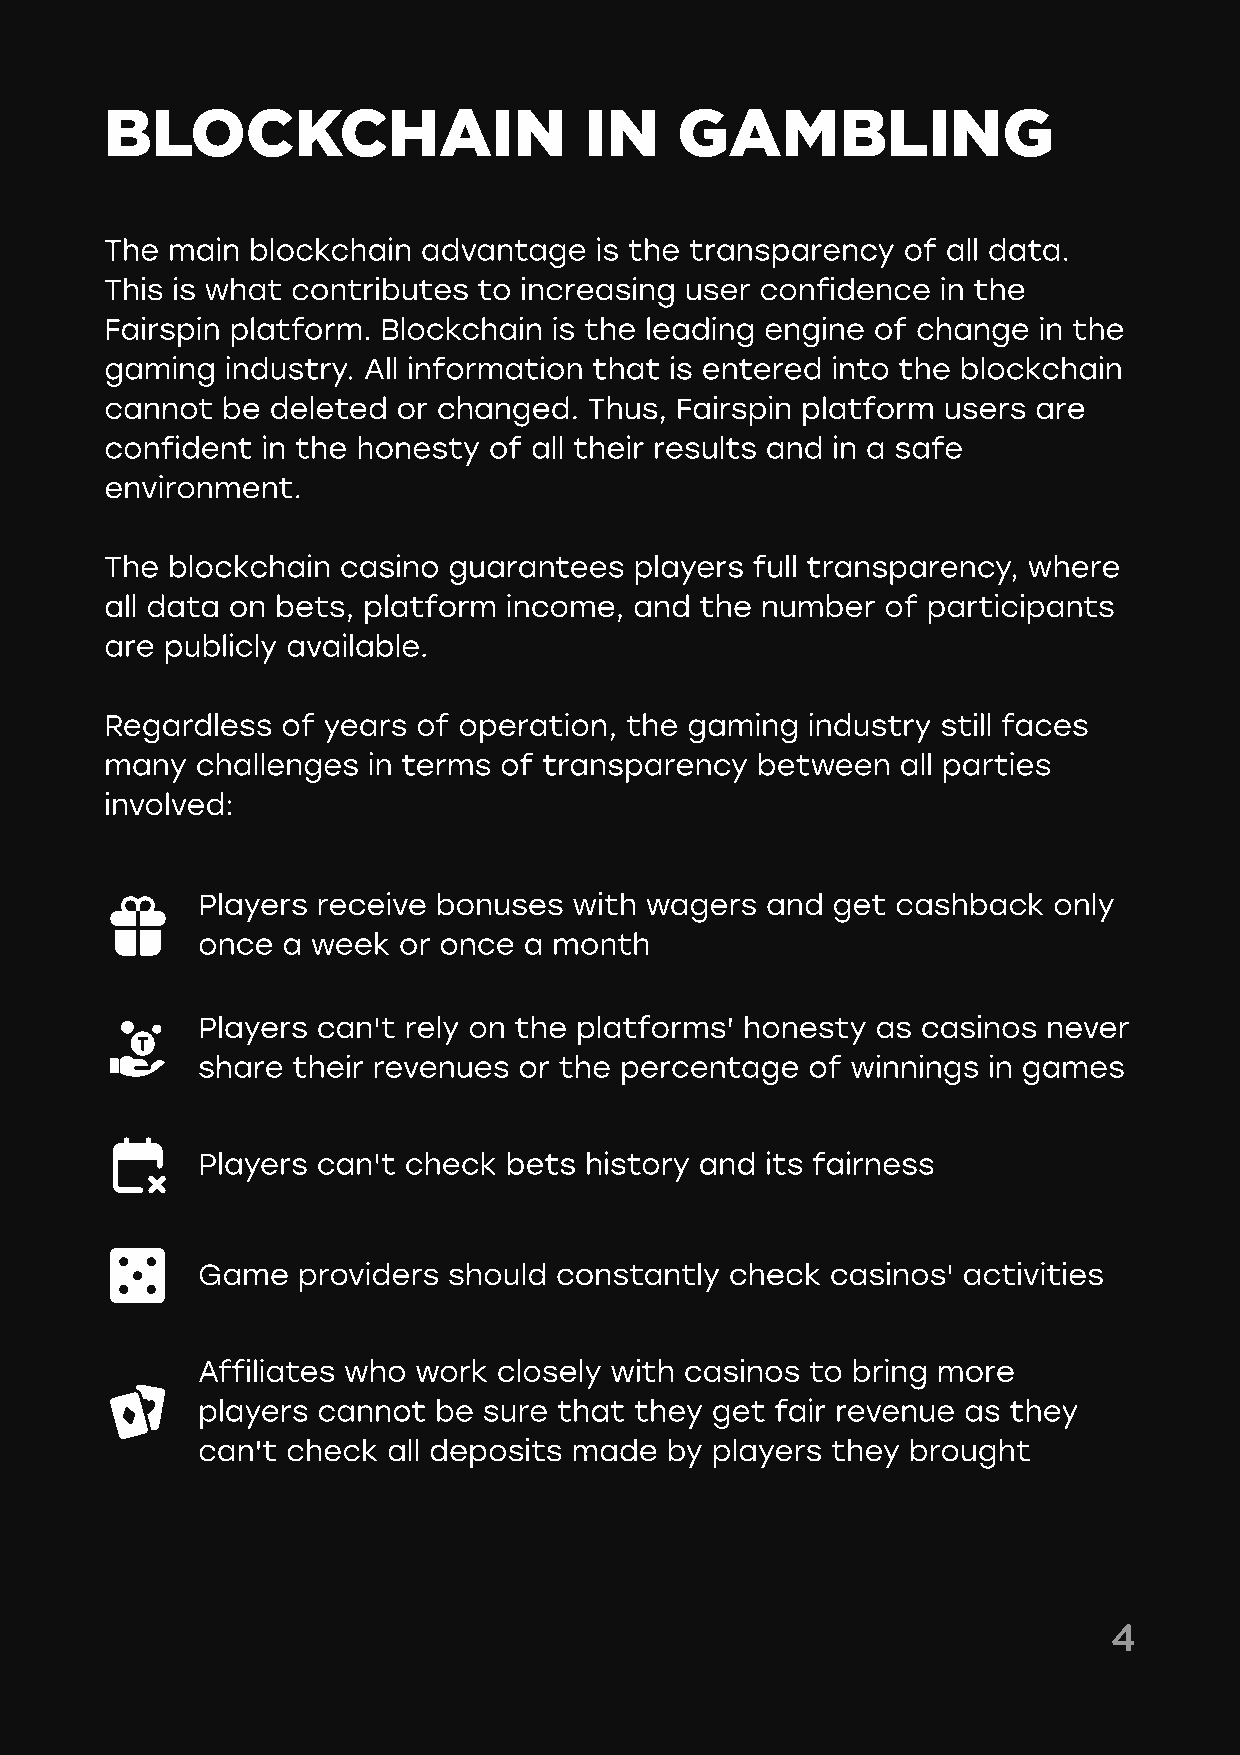
Blockchain                      in    Gambling
 The main blockchain  advantage  is the transparency  of all data.
 This is what contributes to increasing user confidence in the
 Fairspin platform. Blockchain is the leading engine of change in the
 gaming  industry. All information that is entered into the blockchain
 cannot  be deleted or changed.  Thus, Fairspin platform users are
 confident in the honesty of all their results and in a safe
 environment.
 The blockchain casino  guarantees  players full transparency, where
 all data on bets, platform income, and the number   of participants
 are publicly available.
 Regardless  of years of operation, the gaming industry still faces
 many  challenges in terms of transparency  between   all parties
 involved:
 Players receive bonuses  with wagers  and get cashback   only
 once  a week or once  a month
 Players can't rely on the platforms' honesty as casinos never
 share their revenues or the percentage  of winnings in games
 Players can't check bets  history and its fairness
 Game   providers should constantly check  casinos' activities
 Affiliates who work closely with casinos to bring more
 players cannot  be sure that they get fair revenue as they
 can't check  all deposits made by players they brought
 4